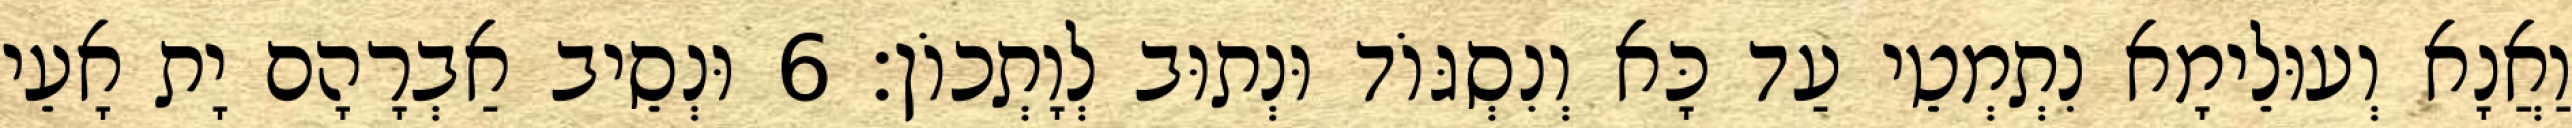
וַאֲנָא וְעוּלֵימָא נִתְמְטֵי עַד כָּא וְנִסְגּוֹד וּנְתוּב לְוָתְכוֹן׃ 6 וּנְסֵיב אַבְרָהָם יָת אָעֵי